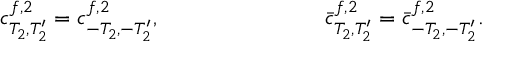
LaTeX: c _ { T _ { 2 } , T _ { 2 } ^ { \prime } } ^ { f , 2 } = c _ { - T _ { 2 } , - T _ { 2 } ^ { \prime } } ^ { f , 2 } , \ ~ ~ ~ ~ ~ ~ ~ ~ \ ~ ~ ~ ~ ~ ~ ~ ~ \ ~ ~ ~ { \bar { c } } _ { T _ { 2 } , T _ { 2 } ^ { \prime } } ^ { f , 2 } = { \bar { c } } _ { - T _ { 2 } , - T _ { 2 } ^ { \prime } } ^ { f , 2 } .